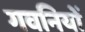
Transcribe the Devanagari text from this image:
गवनियों